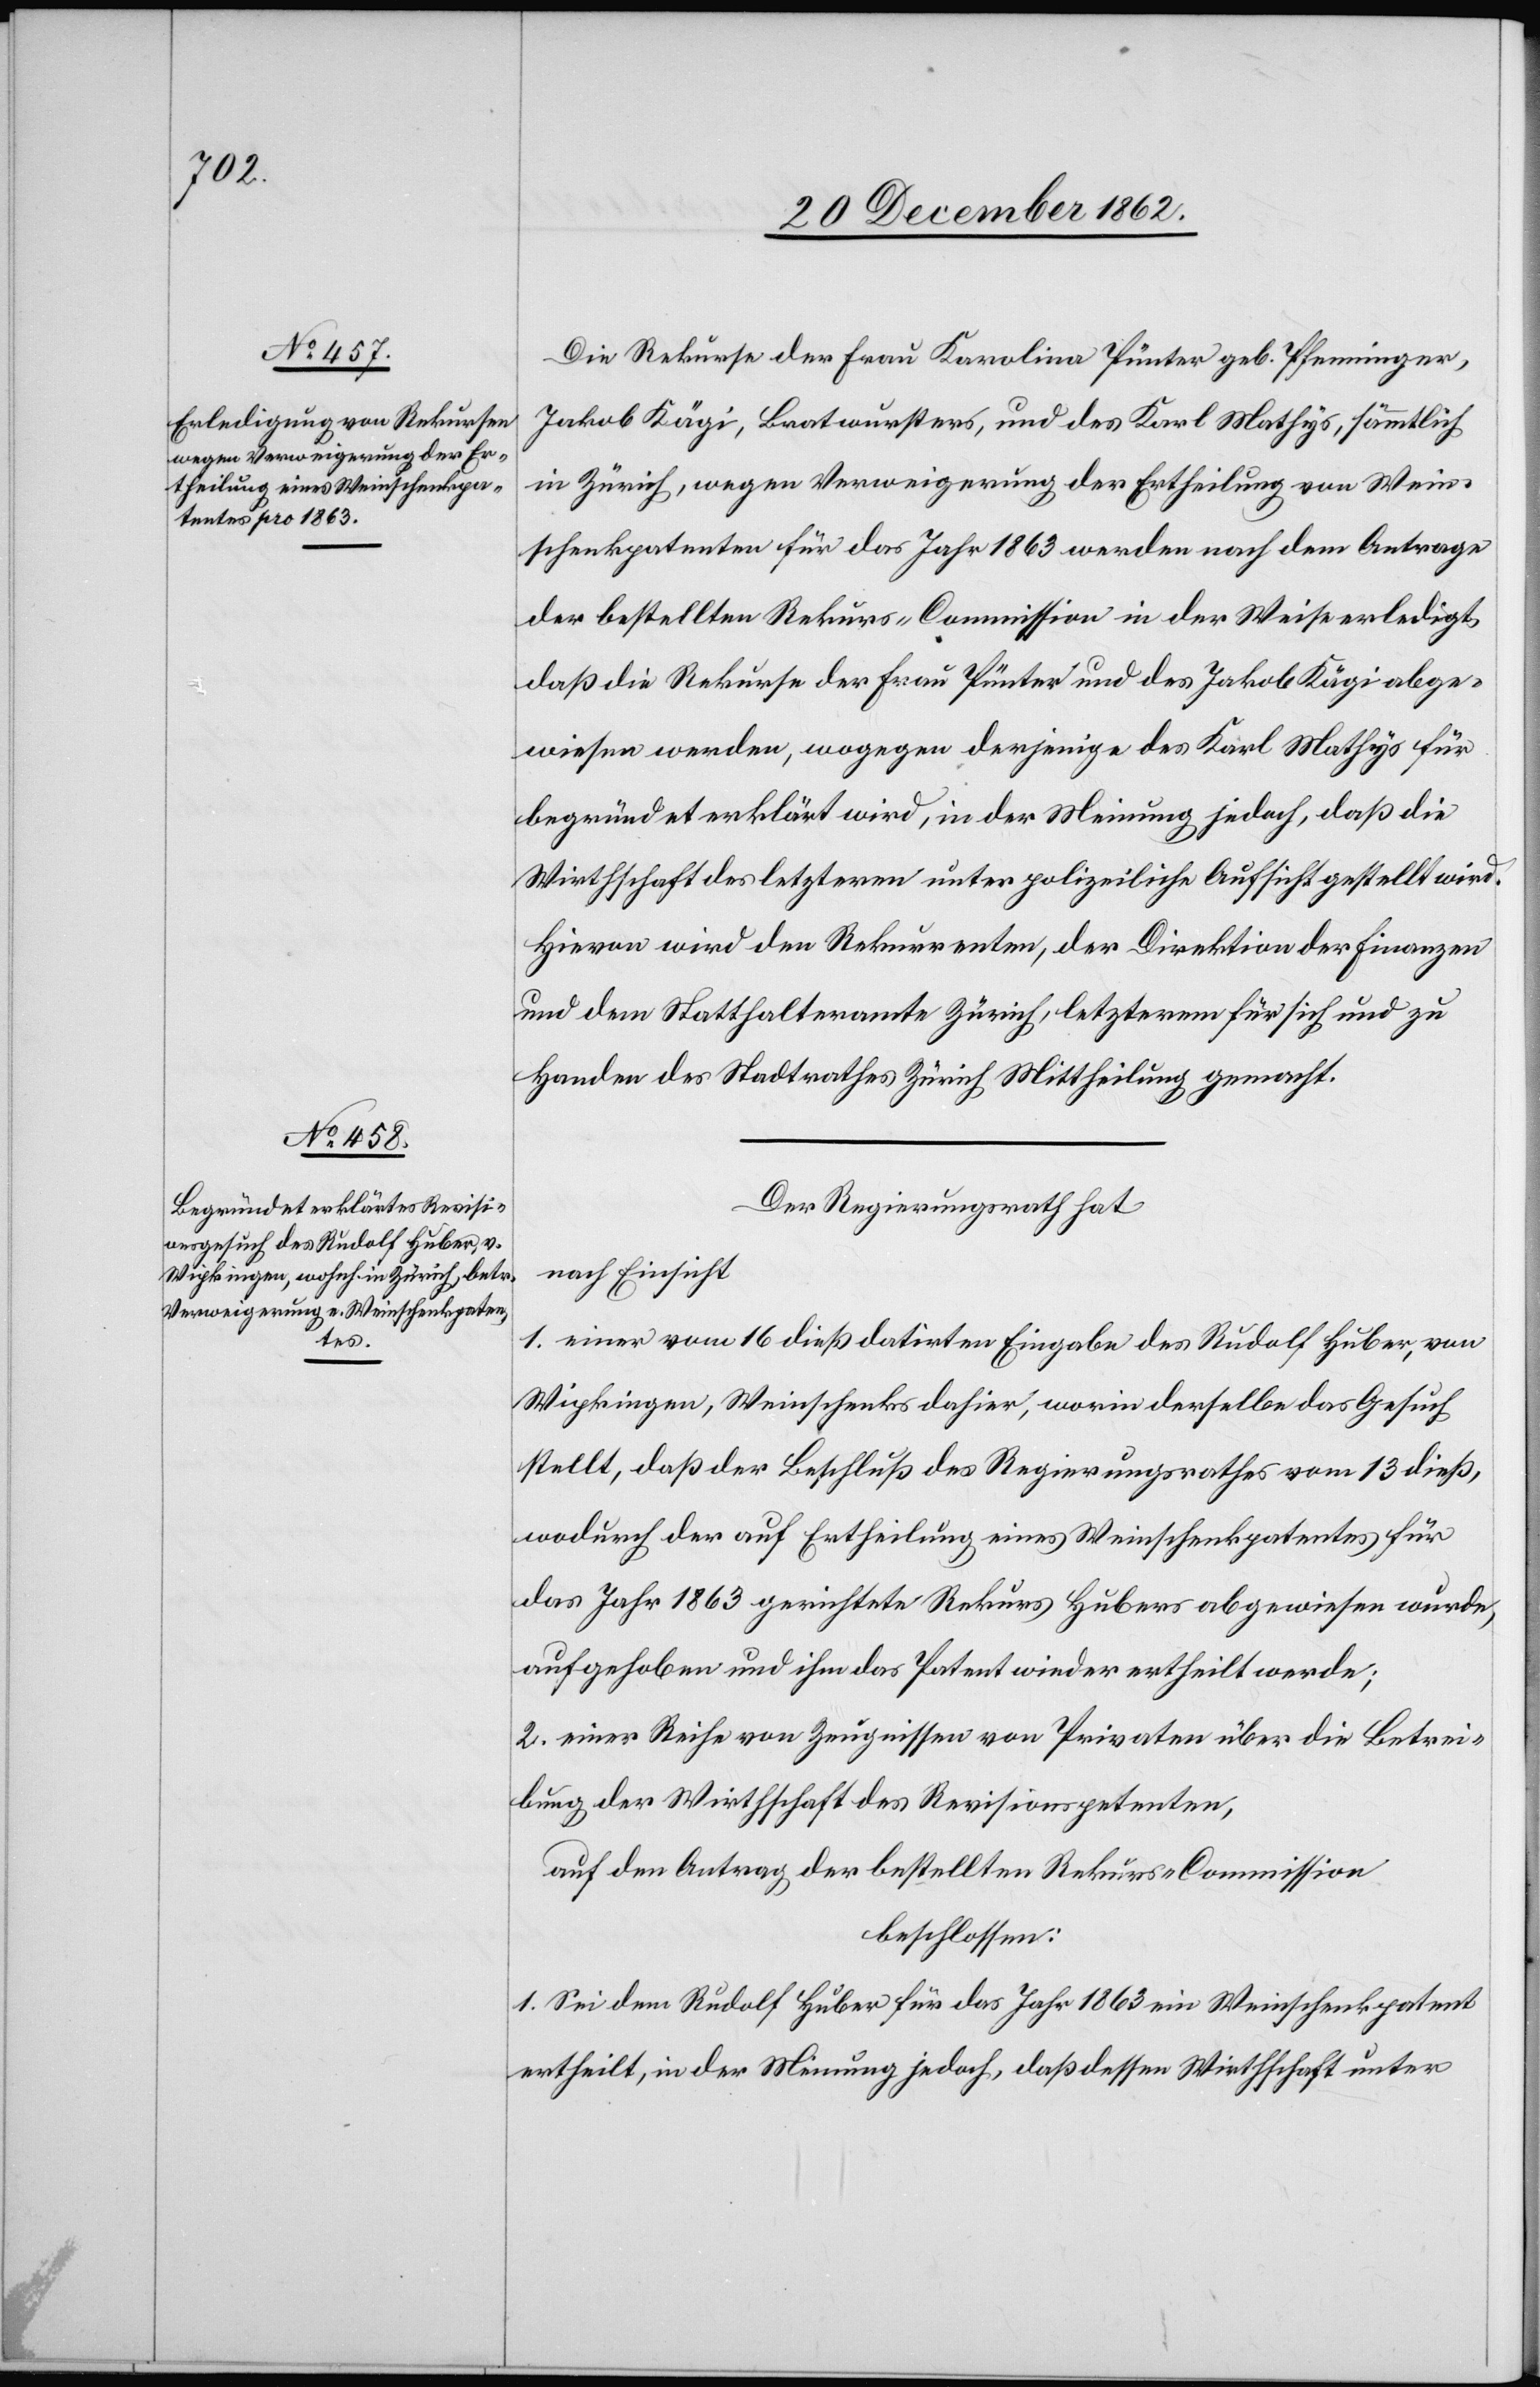
Die Rekurse der Frau Karolina Pünter geb. Pfenninger,
Jakob Kägi, Bratwursters, und des Karl Mathys, sämmtlich
in Zürich, wegen Verweigerung der Ertheilung von Wein¬
schenkpatenten für das Jahr 1863 werden nach dem Antrage
der bestellten Rekurs-Commission in der Weise erledigt,
daß die Rekurse der Frau Pünter und des Jakob Kägi abge¬
wiesen werden, wogegen derjenige des Karl Mathys für
begründet erklärt wird, in der Meinung jedoch, daß die
Wirthschaft des letzteren unter polizeiliche Aufsicht gestellt wird.
Hievon wird den Rekurrenten, der Direktion der Finanzen
und dem Statthalteramte Zürich, letzterem für sich und zu
Handen des Stadtrathes Zürich Mittheilung gemacht.
Der Regierungsrath hat
nach Einsicht
1. einer vom 16. dieß datirten Eingabe des Rudolf Huber, von
Wipkingen, Weinschenkes dahier, worin derselbe das Gesuch
stellt, daß der Beschluß des Regierungsrathes vom 13. dieß,
wodurch der auf Ertheilung eines Weinschenkpatentes für
das Jahr 1863 gerichtete Rekurs Hubers abgewiesen wurde,
aufgehoben und ihm das Patent wieder ertheilt werde;
2. einer Reihe von Zeugnissen von Privaten über die Betrei¬
bung der Wirthschaft des Revisionspetenten,
auf den Antrag der bestellten Rekurs-Commission
beschlossen:
1. Sei dem Rudolf Huber für das Jahr 1863 ein Weinkschenkpatent
ertheilt, in der Meinung jedoch, daß dessen Wirthschaft unter